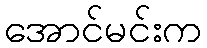
အောင်မင်းက